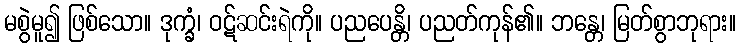
မစွဲမူ၍ ဖြစ်သော။ ဒုက္ခံ၊ ဝဋ်ဆင်းရဲကို။ ပညပေန္တိ၊ ပညတ်ကုန်၏။ ဘန္တေ၊ မြတ်စွာဘုရား။